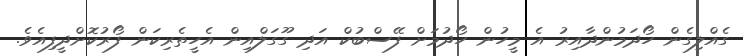
ގެއްލިގެން ހޯދަމުންދާއިރު އެ މީހުން ހޯދުމަށް ފޭސްބުކް އަދި ގޫގަލްއިން އެހީތެރިކަން ފޯރުކޮށްދީފިއެވެ.